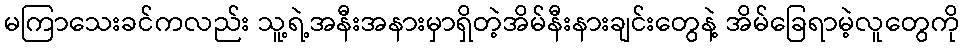
မကြာသေးခင်ကလည်း သူ့ရဲ့အနီးအနားမှာရှိတဲ့အိမ်နီးနားချင်းတွေနဲ့ အိမ်ခြေရာမဲ့လူတွေကို